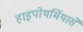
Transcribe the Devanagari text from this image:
हाइपोथर्मियासे